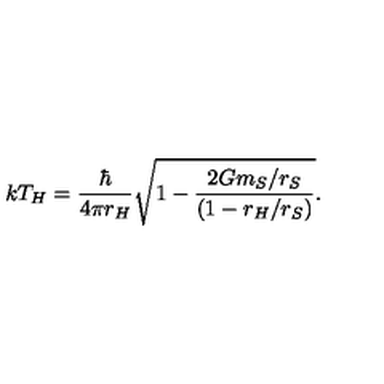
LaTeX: k T _ { H } = { \frac { \hbar } { 4 \pi r _ { H } } } \sqrt { 1 - { \frac { 2 G m _ { S } / r _ { S } } { ( 1 - r _ { H } / r _ { S } ) } } } .